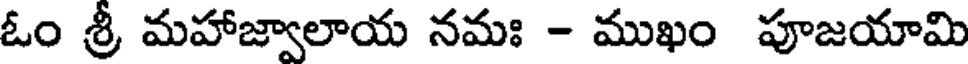
ఓం శ్రీ మహాజ్వాలాయ నమః - ముఖం పూజయామి